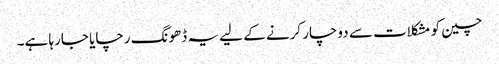
چین کو مشکلات سے دوچار کرنے کے لیے یہ ڈھونگ رچایا جارہا ہے۔